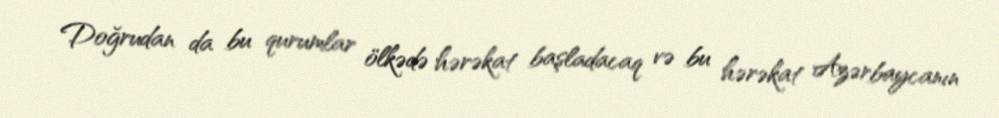
Doğrudan da bu qurumlar ölkədə hərəkat başladacaq və bu hərəkat Azərbaycanın